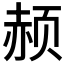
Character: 𲊼